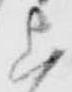
上